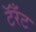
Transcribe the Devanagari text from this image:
टॅरँट